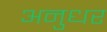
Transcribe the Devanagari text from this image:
अनुधर